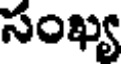
సంఖ్య